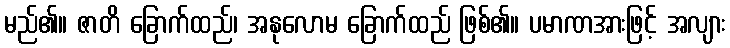
မည်၏။ ဇာတိ ခြောက်ထည်၊ အနုလောမ ခြောက်ထည် ဖြစ်၏။ ပမာဏအားဖြင့် အလျား